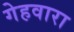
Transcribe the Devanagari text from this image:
गेहवारा